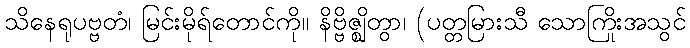
သိနေရုပဗ္ဗတံ၊ မြင်းမိုရ်တောင်ကို။ နိဗ္ဗိဇ္ဈိတွာ၊ (ပတ္တမြားသီ သောကြိုးအသွင်